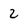
Character: 2